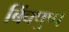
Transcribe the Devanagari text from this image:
बिंबपुष्प